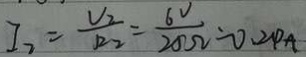
I _ { 2 } = \frac { V _ { 2 } } { R _ { 2 } } = \frac { 6 V } { 2 0 \Omega } = 0 . 2 4 A